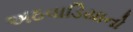
અઠવાડિયાનો